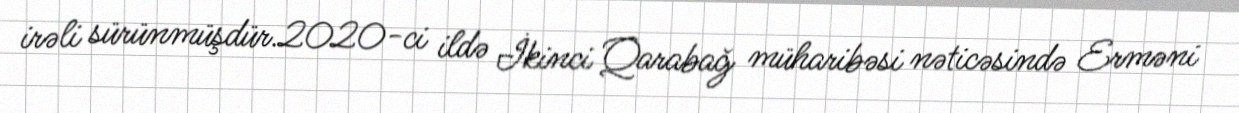
irəli sürünmüşdür.2020-ci ildə İkinci Qarabağ müharibəsi nəticəsində Erməni